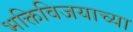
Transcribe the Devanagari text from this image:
भक्तिविजयाच्या